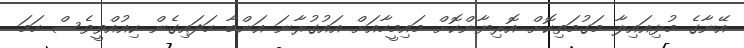
އޭނާގެ މުޅިއައިލާ މަގުމަތިކޮށް އޮރިޔާންކޮށް މައިމީހާއަށް އައުގުރާނަ އަންބާ ހަދައިގެން ކިއުއްވީވެސް ހަމަ